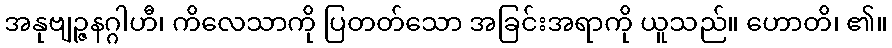
အနုဗျဉ္ဇနဂ္ဂါဟီ၊ ကိလေသာကို ပြတတ်သော အခြင်းအရာကို ယူသည်။ ဟောတိ၊ ၏။